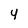
Character: y